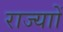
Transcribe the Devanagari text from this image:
राज्याों